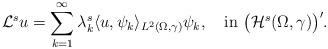
LaTeX: \begin{align*}\mathcal{L}^{s}u=\sum_{k=1}^{\infty}\lambda_{k}^{s}\langle u,\psi_{k}\rangle_{L^{2}(\Omega,\gamma)}\psi_{k},\quad\hbox{in}~\big(\mathcal{H}^s(\Omega,\gamma)\big)^{\prime}.\end{align*}